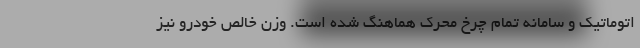
اتوماتیک و سامانه تمام چرخ محرک هماهنگ شده است. وزن خالص خودرو نیز